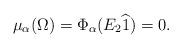
LaTeX: \begin{align*}\mu_{\alpha}(\Omega)=\Phi_{\alpha}(E_2 \widehat{1})=0.\end{align*}